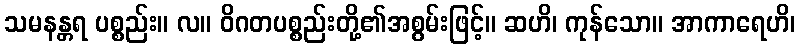
သမနန္တရ ပစ္စည်း။ လ။ ဝိဂတပစ္စည်းတို့၏အစွမ်းဖြင့်။ ဆဟိ၊ ကုန်သော။ အာကာရေဟိ၊